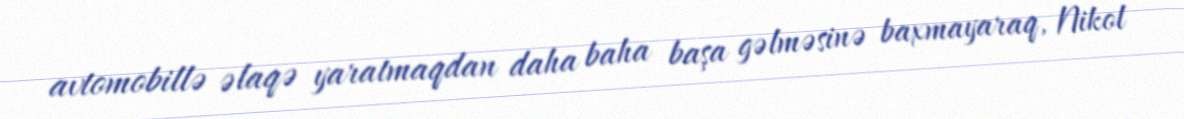
avtomobillə əlaqə yaratmaqdan daha baha başa gəlməsinə baxmayaraq, Nikol